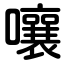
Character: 嚷